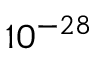
1 0 ^ { - 2 8 }